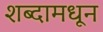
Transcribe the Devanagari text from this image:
शब्दामधून